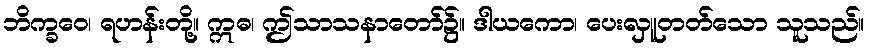
ဘိက္ခဝေ၊ ရဟန်းတို့။ ဣဓ၊ ဤသာသနာတော်၌။ ဒါယကော၊ ပေးလှူတတ်သော သူသည်။